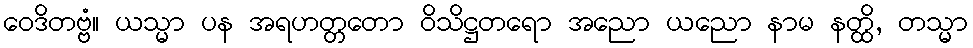
ဝေဒိတဗ္ဗံ။ ယသ္မာ ပန အရဟတ္တတော ဝိသိဋ္ဌတရော အညော ယညော နာမ နတ္ထိ, တသ္မာ